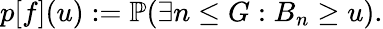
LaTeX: p[f](u):=\mathbb{P}(\exists n\leq G:B_{n}\geq u).